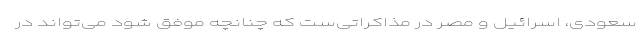
سعودی، اسرائیل و مصر در مذاکراتی‌ست که چنانچه موفق شود می‌تواند در